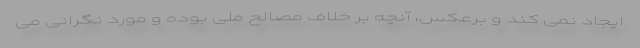
ایجاد نمی کند و برعکس، آنچه بر خلاف مصالح ملی بوده و مورد نگرانی می